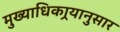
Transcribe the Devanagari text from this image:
मुख्याधिकार्‍यानुसार